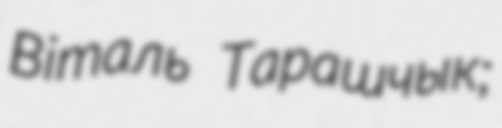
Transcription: Віталь Тарашчык;